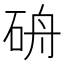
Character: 𥑸